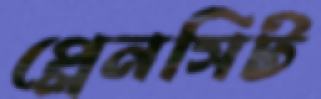
প্লেনসিট